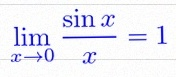
\lim_{x\to0}\frac{\sin x}{x}=1